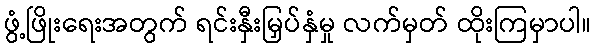
ဖွံ့ဖြိုးရေးအတွက် ရင်းနှီးမြှပ်နှံမှု လက်မှတ် ထိုးကြမှာပါ။